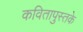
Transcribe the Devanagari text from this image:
कवितापुस्तके